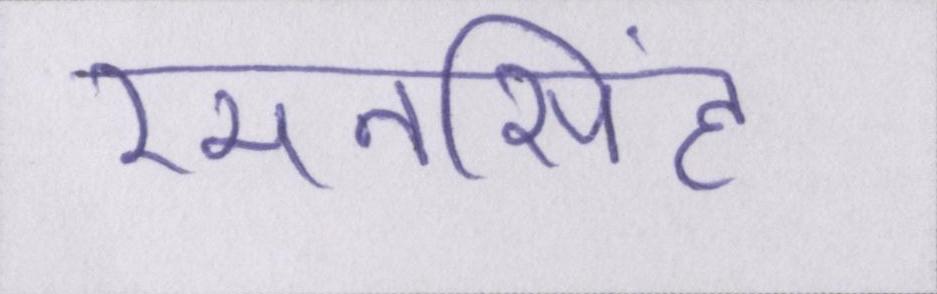
रमनसिंह